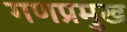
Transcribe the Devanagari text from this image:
गणप्रमुख